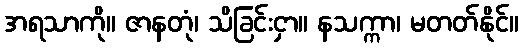
အရသာကို။ ဇာနတုံ၊ သိခြင်းငှာ။ နသက္ကာ၊ မတတ်နိုင်။